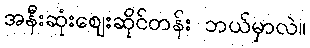
အနီးဆုံးဈေးဆိုင်တန်း ဘယ်မှာလဲ။